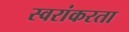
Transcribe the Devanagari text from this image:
स्वरांकरता